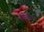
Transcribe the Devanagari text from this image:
हारेकावा